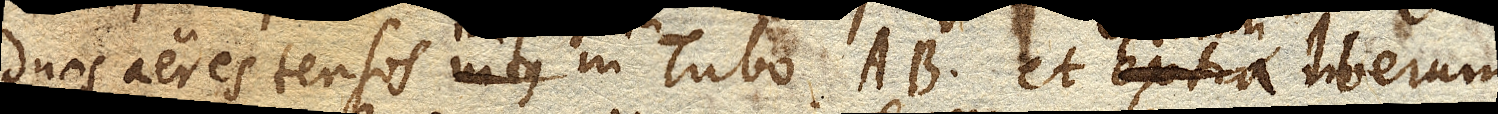
duos aeres tensos in Tubo AB. et extra merum